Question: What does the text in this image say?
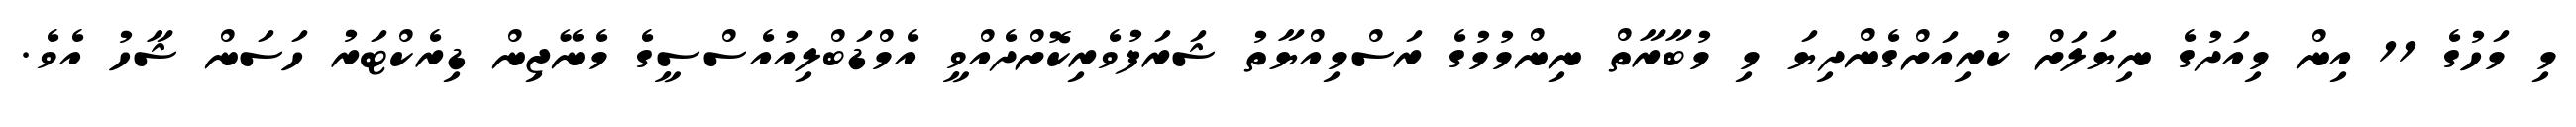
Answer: މި މަހުގެ 11 އިން މިއަދުގެ ނިޔަލަށް ކުރިއަށްގެންދިޔަ މި މުބާރާތް ނިންމުމުގެ ރަސްމިއްޔާތު ޝަރަފުވެރިކޮށްދެއްވީ އެމްޑަބްލިއުއެސްސީގެ މެނޭޖިން ޑިރެކްޓަރު ހަސަން ޝާހު އެވެ.